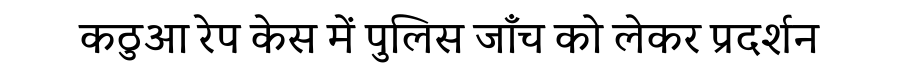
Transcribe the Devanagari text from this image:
कठुआ रेप केस में पुलिस जाँच को लेकर प्रदर्शन